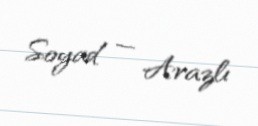
Soyad — Arazlı